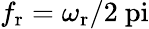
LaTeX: f_{\mathrm{r}}=\omega_{\mathrm{r}}/2\mathrm{\ pi}